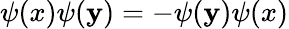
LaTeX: \psi(x)\psi(\mathbf{y})=-\psi(\mathbf{y})\psi(x)